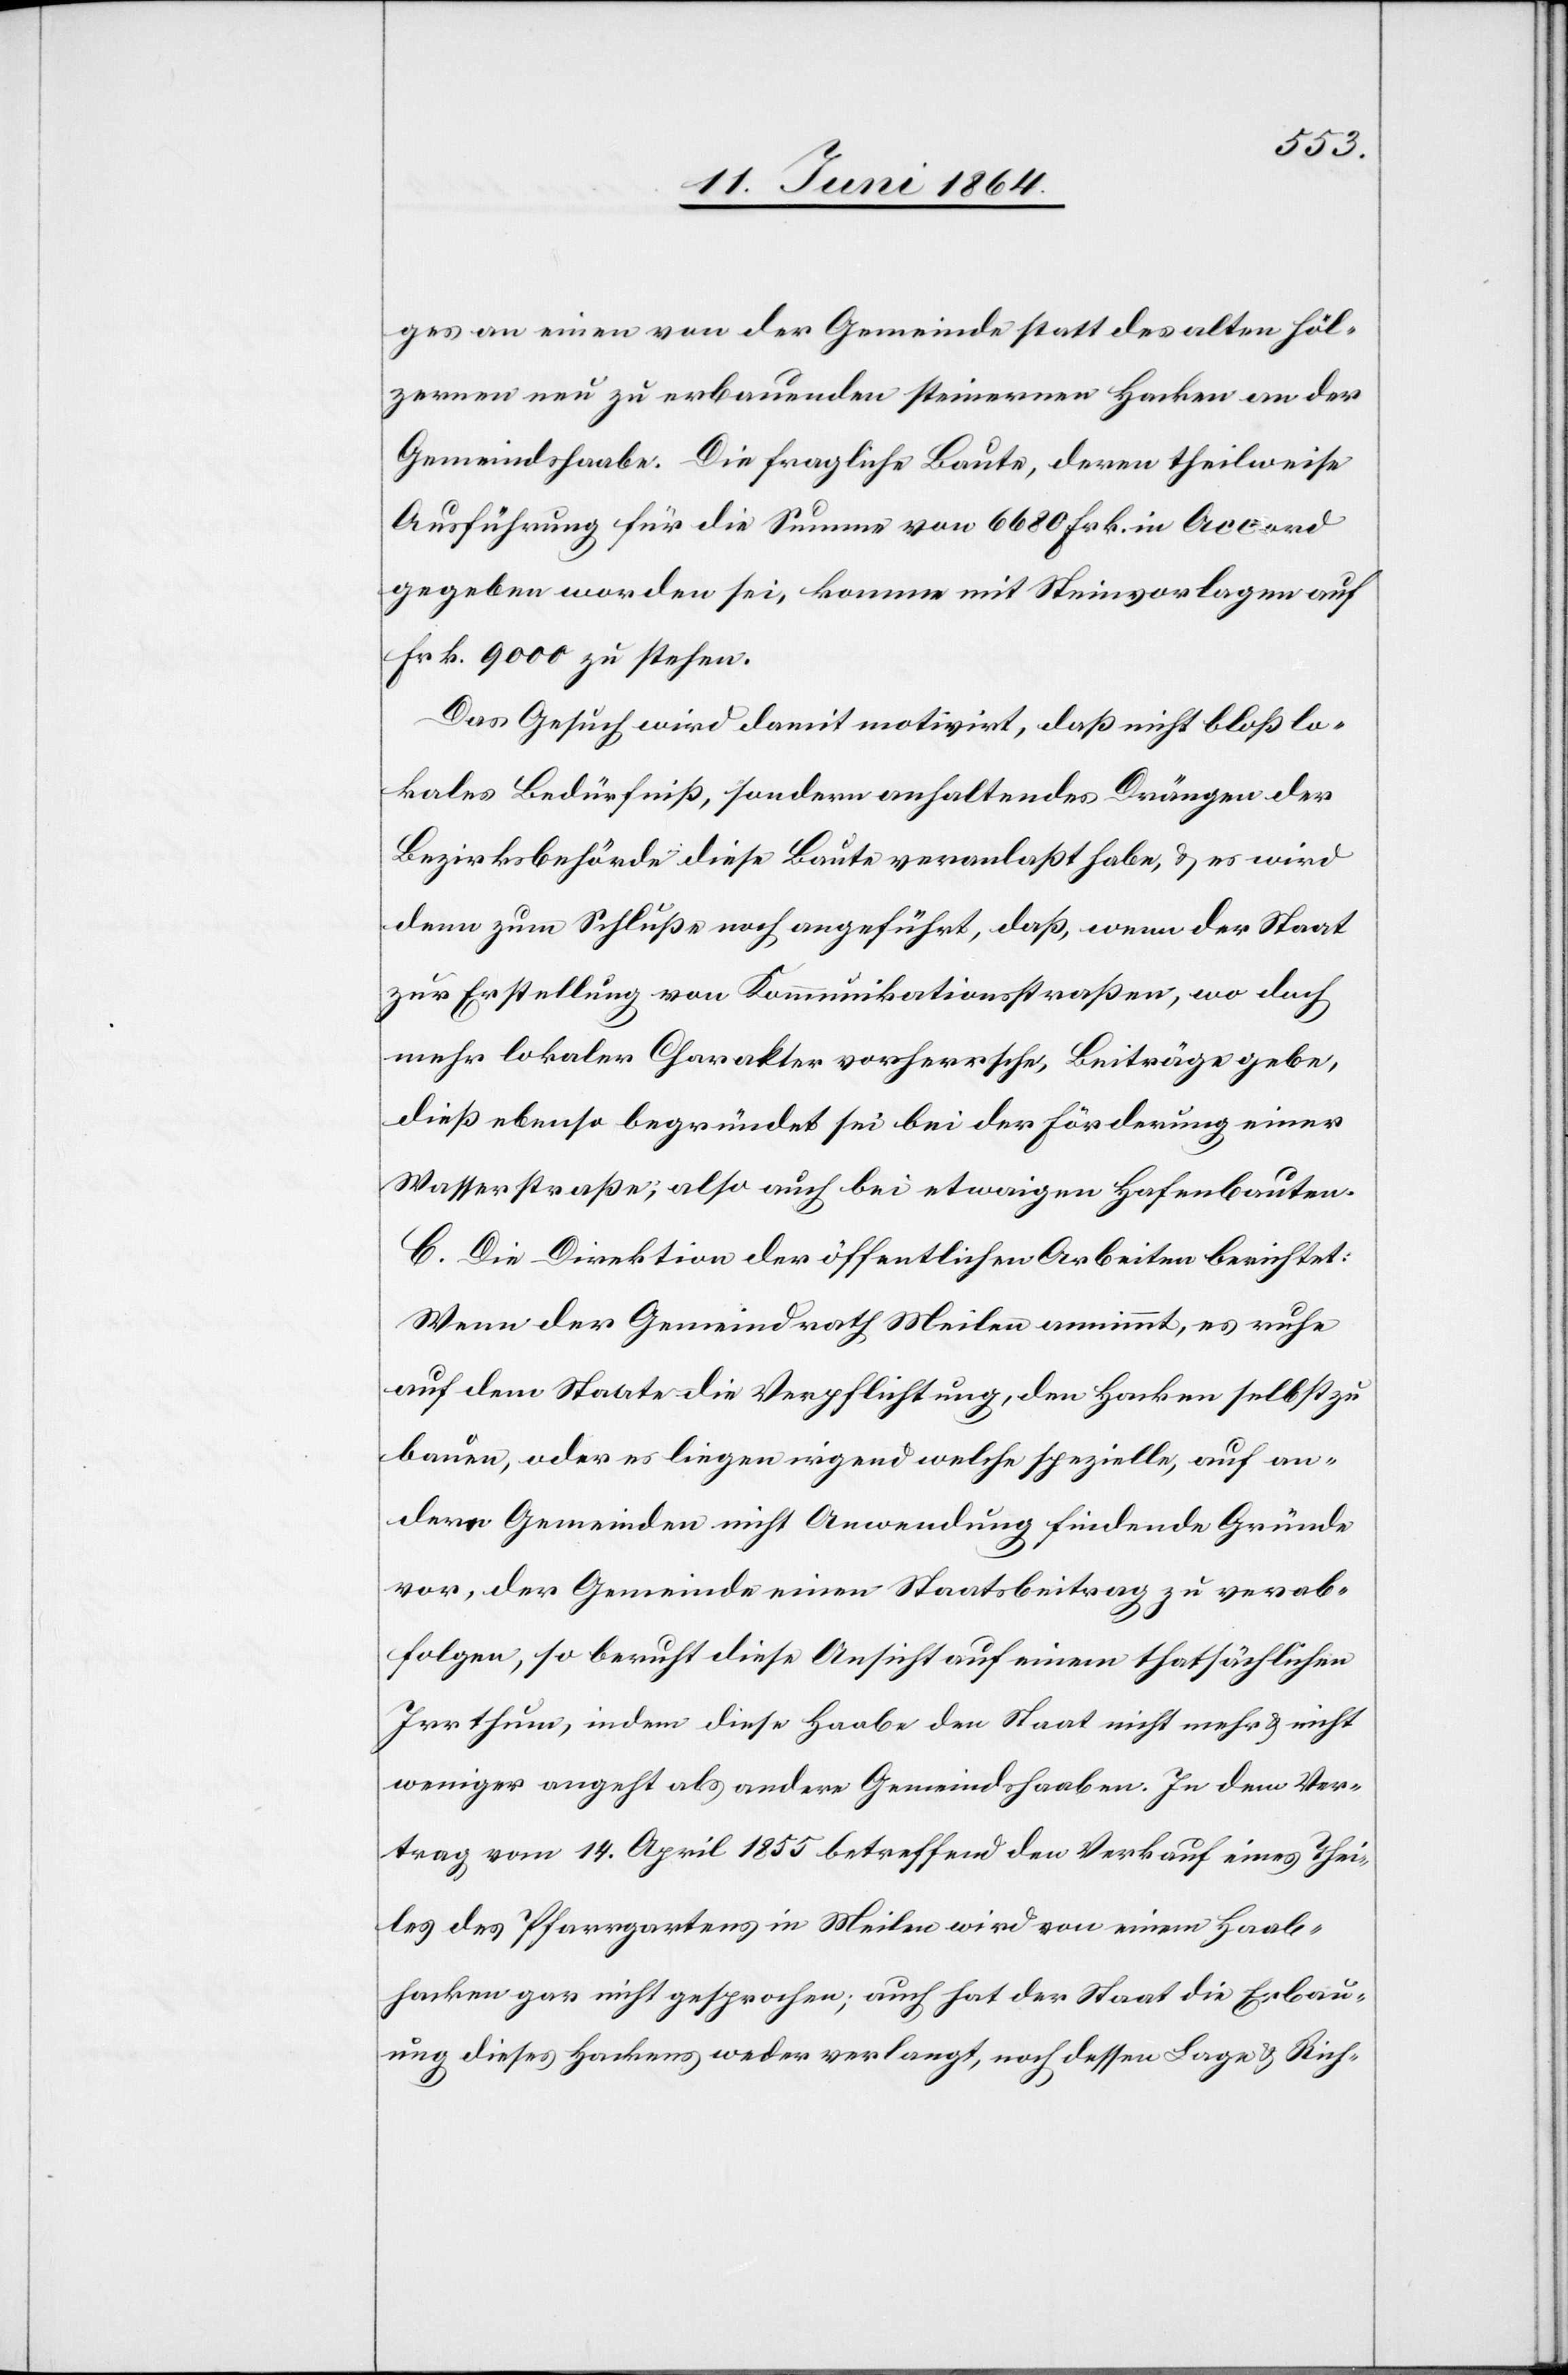
ges an einen von der Gemeinde statt des alten höl¬
zernen nun zu erbauenden steinernen Hacken an der
Gemeidshaabe. Die fragliche Baute, deren theilweise
Ausführung für die Summe von 6680 Frk. in Accord
gegeben worden sei, komme mit Steinvorlagen auf
Frk. 9000 zu stehen.
Das Gesuch wird damit motivirt, daß nicht bloß lo¬
kales Bedürfniß, sondern anhaltendes Drängen der
Bezirksbehörde diese Baute veranlaßt habe, u. es wird
denn zum Schluße noch angeführt, daß, wenn der Staat
zur Erstellung von Kommunikationsstraßen, wo doch
mehr lokaler Charakter vorherrsche, Beiträge gebe,
dieß ebenso begründet sei bei der Förderung einer
Wasserstraße; also auch bei etwaigen Hafenbauten.
C. Die Direktion der öffentlichen Arbeiten berichtet:
Wenn der Gemeindrath Meilen annimmt, es ruhe
auf dem Staate die Verpflichtung, den Hacken selbst zu
bauen, oder es liegen irgend welche spezielle, auf an¬
dere Gemeinden nicht Anwendung findende Gründe
vor, der Gemeinde einen Staatsbeitrag zu verab¬
folgen, so beruht diese Ansicht auf einem thatsächlichen
Irrthum, indem diese Haabe den Staat nicht mehr u. nicht
weniger angeht als andere Gemeindshaaben. In dem Ver¬
trag vom 14. April 1855 betreffend den Verkauf eines Thei¬
les des Pfarrgartens in Meilen wird von einem Haab¬
hacken gar nicht gesprochen; auch hat der Staat die Erbau¬
ung dieses Hackens weder verlangt, noch dessen Lage u. Rich-